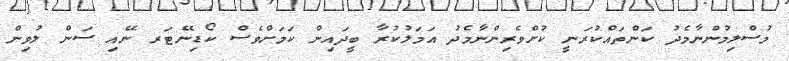
މުސްލިމުންނާމެދު ކަންތައްކުރަނީ ކުށްވެރިންނާމެދު އަމަލުކުރާ ބީދައިން ކަމަށްވެސް ކޯޑިނޭޓަރ ނޭއި ސަން ލުވިން